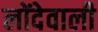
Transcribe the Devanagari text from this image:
लोंदेवाली